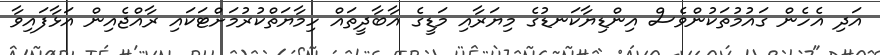
އަދި އެހެން ގައުމުތަކުންވެސް އިންޑިޔާކަނޑުގެ މިޔަރާއި މަޑީގެ އާބާދީތައް ހިމާޔަތްކުރުމަށްޓަކައި ރާއްޖެއިން އަޅާފައިވާ